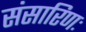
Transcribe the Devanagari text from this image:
संसारिणः